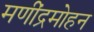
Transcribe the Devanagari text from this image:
मणींद्रमोहन